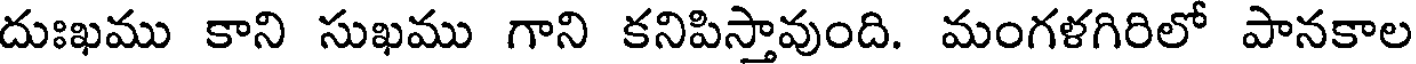
దుఃఖము కాని సుఖము గాని కనిపిస్తావుంది. మంగళగిరిలో పానకాల